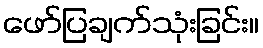
ဖော်ပြချက်သုံးခြင်း။